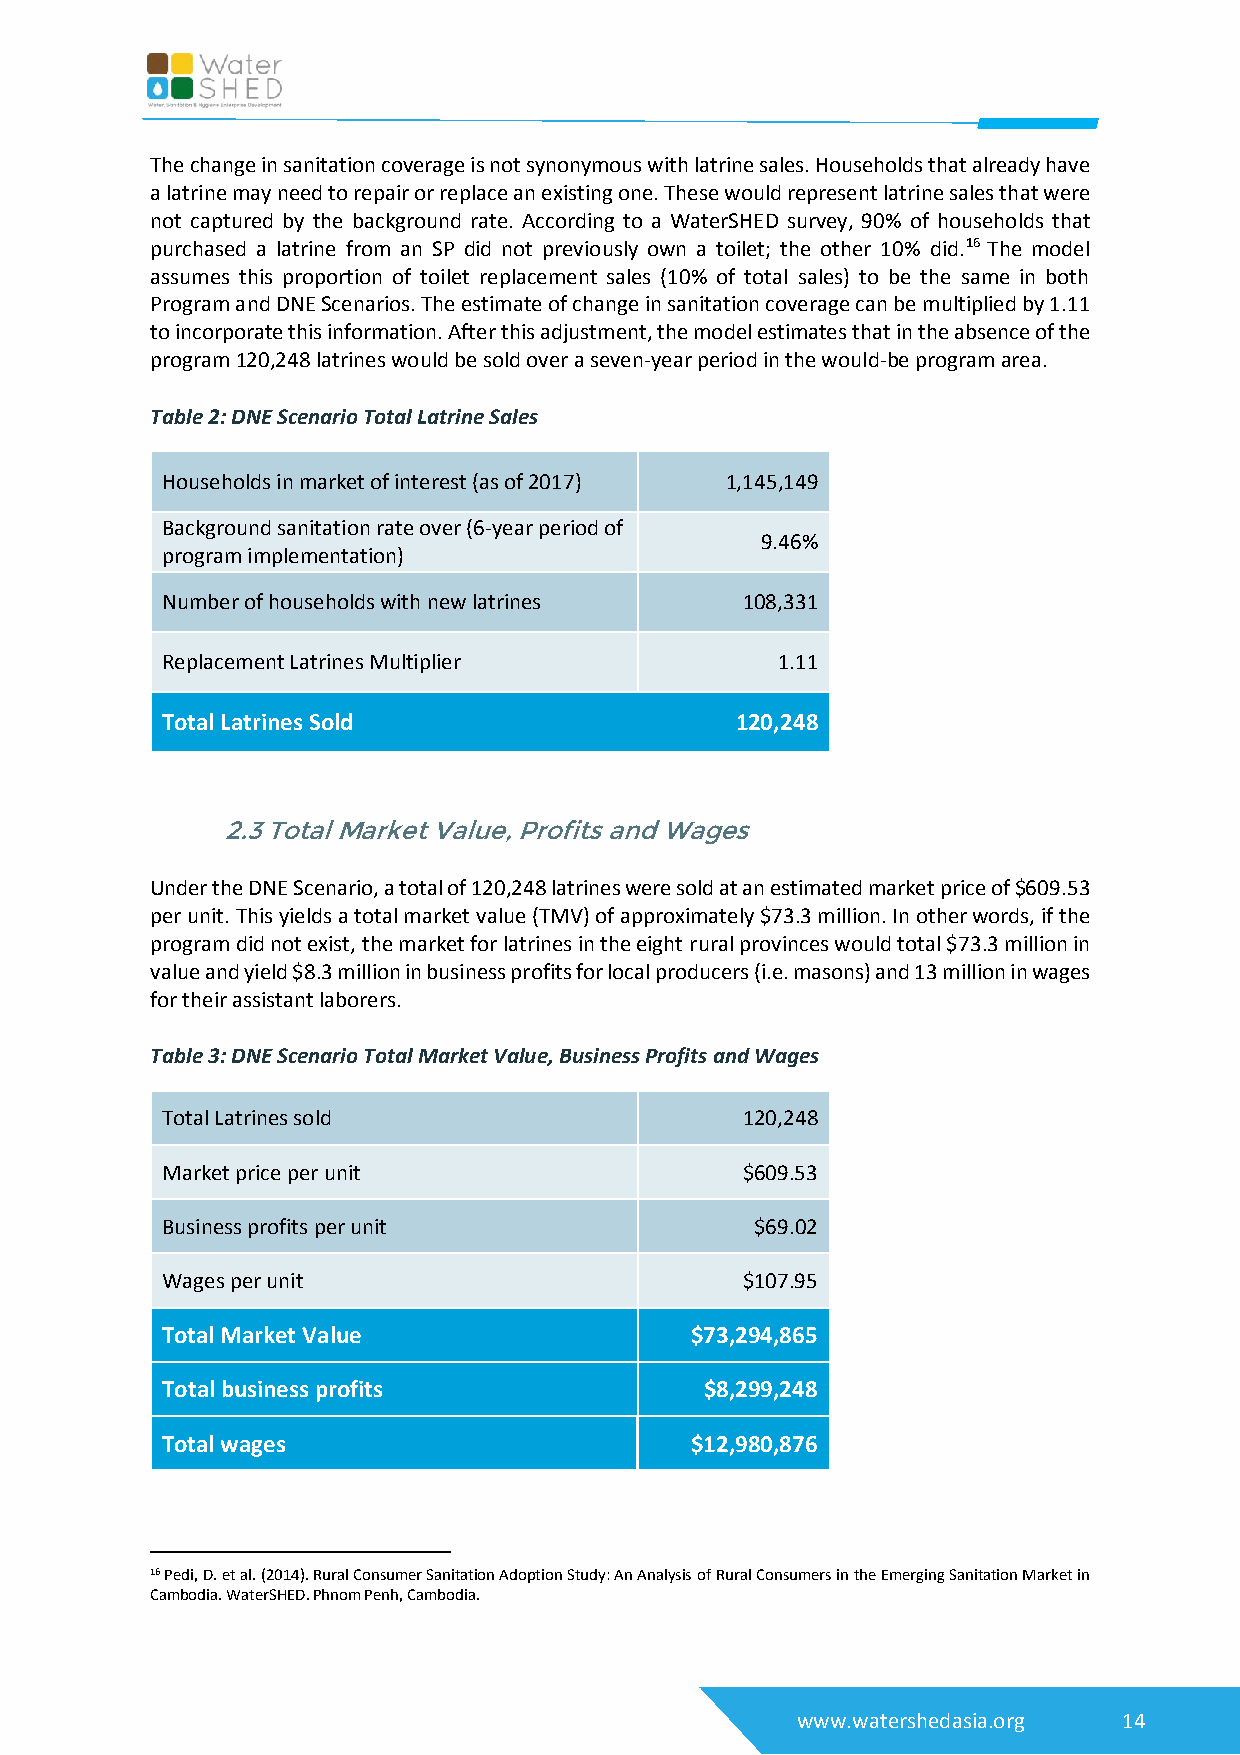
The change in sanitation coverage is not synonymous with latrine sales. Households that already have
 a latrine may need to repair or replace an existing one. These would represent latrine sales that were
 not captured by the background rate. According to a WaterSHED survey, 90% of households that
 purchased a latrine from an SP did not previously own a toilet; the other 10% did.16 The model
 assumes this proportion of toilet replacement sales (10% of total sales) to be the same in both
 Program and DNE Scenarios. The estimate of change in sanitation coverage can be multiplied by 1.11
 to incorporate this information. After this adjustment, the model estimates that in the absence of the
 program 120,248 latrines would be sold over a seven-year period in the would-be program area.
 Table 2: DNE Scenario Total Latrine Sales
 Households in market of interest (as of 2017) 1,145,149
 Background sanitation rate over (6-year period of
 9.46%
 program implementation)
 Number of households with new latrines 108,331
 Replacement Latrines Multiplier         1.11
 Total Latrines Sold                   120,248
 2.3 Total Market Value, Profits and Wages
 Under the DNE Scenario, a total of 120,248 latrines were sold at an estimated market price of $609.53
 per unit. This yields a total market value (TMV) of approximately $73.3 million. In other words, if the
 program did not exist, the market for latrines in the eight rural provinces would total $73.3 million in
 value and yield $8.3 million in business profits for local producers (i.e. masons) and 13 million in wages
 for their assistant laborers.
 Table 3: DNE Scenario Total Market Value, Business Profits and Wages
 Total Latrines sold                   120,248
 Market price per unit                 $609.53
 Business profits per unit              $69.02
 Wages per unit                        $107.95
 Total Market Value                 $73,294,865
 Total business profits              $8,299,248
 Total wages                        $12,980,876
 16 Pedi, D. et al. (2014). Rural Consumer Sanitation Adoption Study: An Analysis of Rural Consumers in the Emerging Sanitation Market in
 Cambodia. WaterSHED. Phnom Penh, Cambodia.
 www.watershedasia.org 14